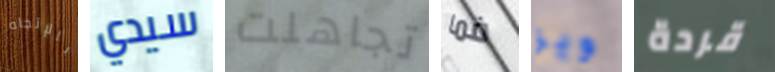
بالإتجاه سيدي تجاهلت فما ويز قردة